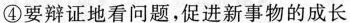
④要辩证地看问题，促进新事物的成长